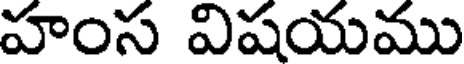
హంస విషయము